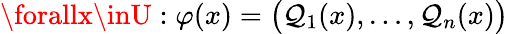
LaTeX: \forallx\inU:\varphi(x)=\big(\mathcal{Q}_{1}(x),\dots,\mathcal{Q}_{n}(x)\big)